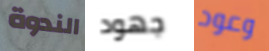
الندوة جهود وعود